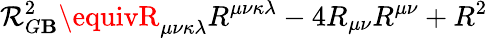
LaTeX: {\cal{R}}_{G\mathbf{B}}^{2}\equivR_{\mu\nu\kappa\lambda}R^{\mu\nu\kappa\lambda}-4R_{\mu\nu}R^{\mu\nu}+R^{2}